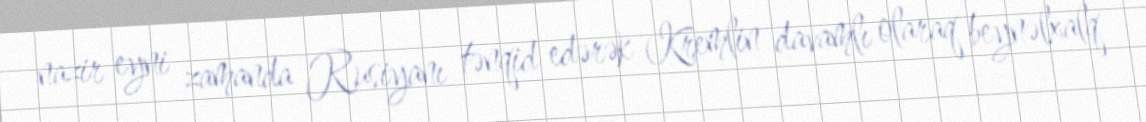
nazir eyni zamanda Rusiyanı tənqid edərək Kremlin davamlı olaraq beynəlxalq